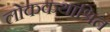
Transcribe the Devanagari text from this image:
लोककथाश्रित